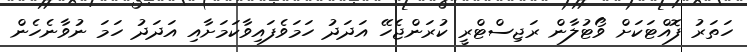
ހަތަރު ފޮއްޓަކަށް ވޯޓުލާން ރަޖިސްޓްރީ ކުރަންޖެހޭ އަދަދު ހަމަވެފައިވާކަމަށާއި އަދަދު ހަމަ ނުވާނެހެން